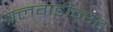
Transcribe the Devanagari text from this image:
फ़्लगडीन्स्ट